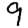
Digit: 9